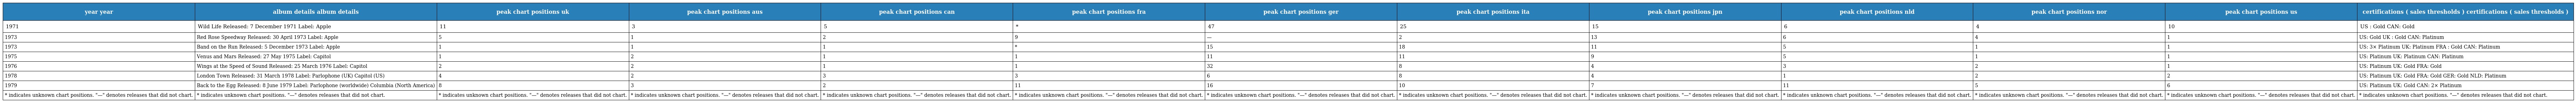
| year year | album details album details | peak chart positions uk | peak chart positions aus | peak chart positions can | peak chart positions fra | peak chart positions ger | peak chart positions ita | peak chart positions jpn | peak chart positions nld | peak chart positions nor | peak chart positions us | certifications ( sales thresholds ) certifications ( sales thresholds ) |
 | --- | --- | --- | --- | --- | --- | --- | --- | --- | --- | --- | --- | --- |
 | 1971 | Wild Life Released: 7 December 1971 Label: Apple | 11 | 3 | 5 | * | 47 | 25 | 15 | 6 | 4 | 10 | US : Gold CAN: Gold |
 | 1973 | Red Rose Speedway Released: 30 April 1973 Label: Apple | 5 | 1 | 2 | 9 | — | 2 | 13 | 6 | 4 | 1 | US: Gold UK : Gold CAN: Platinum |
 | 1973 | Band on the Run Released: 5 December 1973 Label: Apple | 1 | 1 | 1 | * | 15 | 18 | 11 | 5 | 1 | 1 | US: 3× Platinum UK: Platinum FRA : Gold CAN: Platinum |
 | 1975 | Venus and Mars Released: 27 May 1975 Label: Capitol | 1 | 2 | 1 | 1 | 11 | 11 | 9 | 5 | 1 | 1 | US: Platinum UK: Platinum CAN: Platinum |
 | 1976 | Wings at the Speed of Sound Released: 25 March 1976 Label: Capitol | 2 | 2 | 1 | 1 | 32 | 8 | 4 | 3 | 2 | 1 | US: Platinum UK: Gold FRA: Gold |
 | 1978 | London Town Released: 31 March 1978 Label: Parlophone (UK) Capitol (US) | 4 | 2 | 3 | 3 | 6 | 8 | 4 | 1 | 2 | 2 | US: Platinum UK: Gold FRA: Gold GER: Gold NLD: Platinum |
 | 1979 | Back to the Egg Released: 8 June 1979 Label: Parlophone (worldwide) Columbia (North America) | 8 | 3 | 2 | 11 | 16 | 10 | 7 | 11 | 5 | 6 | US: Platinum UK: Gold CAN: 2× Platinum |
 | * indicates unknown chart positions. "—" denotes releases that did not chart. | * indicates unknown chart positions. "—" denotes releases that did not chart. | * indicates unknown chart positions. "—" denotes releases that did not chart. | * indicates unknown chart positions. "—" denotes releases that did not chart. | * indicates unknown chart positions. "—" denotes releases that did not chart. | * indicates unknown chart positions. "—" denotes releases that did not chart. | * indicates unknown chart positions. "—" denotes releases that did not chart. | * indicates unknown chart positions. "—" denotes releases that did not chart. | * indicates unknown chart positions. "—" denotes releases that did not chart. | * indicates unknown chart positions. "—" denotes releases that did not chart. | * indicates unknown chart positions. "—" denotes releases that did not chart. | * indicates unknown chart positions. "—" denotes releases that did not chart. | * indicates unknown chart positions. "—" denotes releases that did not chart. |